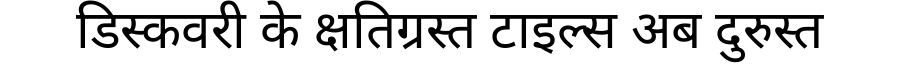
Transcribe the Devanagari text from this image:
डिस्कवरी के क्षतिग्रस्त टाइल्स अब दुरुस्त